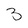
Character: 3